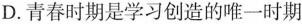
D.青春时期是学习创造的唯一时期